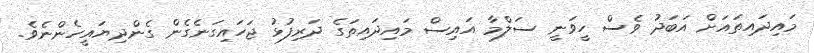
މައިދައިތައަށް އަބަދު ވެސް ހީވަނީ ސަލްމާ އައިސް މައިދައިތަގެ ދަރިފުޅު ޖަހައިގަނެގެން ގެންދިޔައީހެންނެވެ.